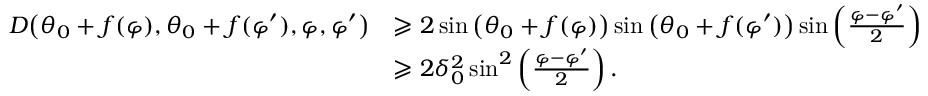
\begin{array} { r l } { D \big ( \theta _ { 0 } + f ( \varphi ) , \theta _ { 0 } + f ( \varphi ^ { \prime } ) , \varphi , \varphi ^ { \prime } \big ) } & { \geqslant 2 \sin \big ( \theta _ { 0 } + f ( \varphi ) \big ) \sin \big ( \theta _ { 0 } + f ( \varphi ^ { \prime } ) \big ) \sin \left( \frac { \varphi - \varphi ^ { \prime } } { 2 } \right) } \\ & { \geqslant 2 \delta _ { 0 } ^ { 2 } \sin ^ { 2 } \left( \frac { \varphi - \varphi ^ { \prime } } { 2 } \right) . } \end{array}